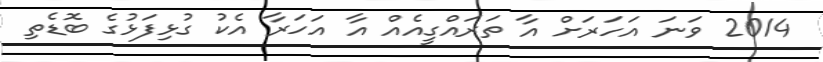
2014 ވަނަ އަހަރަށް އާ ތަރައްގީއެއް އާ އަހަރާ އެކު ގުޅިފަޅުގެ ބޮޑެތި